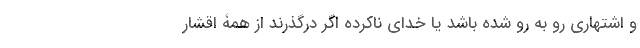
و اشتهاری رو به رو شده باشد یا خدای ناکرده اگر درگذرند از همۀ اقشار